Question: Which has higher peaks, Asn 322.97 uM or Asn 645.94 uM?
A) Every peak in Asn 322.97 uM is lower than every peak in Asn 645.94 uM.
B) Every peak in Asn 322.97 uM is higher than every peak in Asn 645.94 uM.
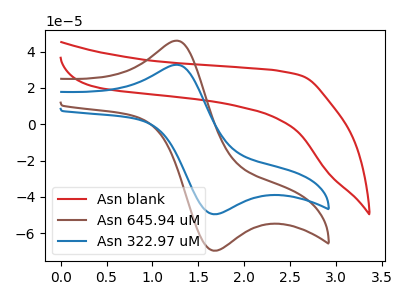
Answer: <think>The red curve "Asn blank" has no peaks. The brown curve "Asn 645.94 uM" has an anodic peak at (1.25V, 46.00uA) and a cathodic peak at (1.70V, -69.65uA). The blue curve "Asn 322.97 uM" has an anodic peak at (1.25V, 32.75uA) and a cathodic peak at (1.70V, -49.55uA).</think>
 <answer>A) Every peak in "Asn 322.97 uM" is lower than every peak in "Asn 645.94 uM".</answer>
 <eval>A</eval>